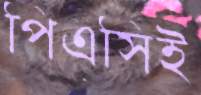
পিএসিই